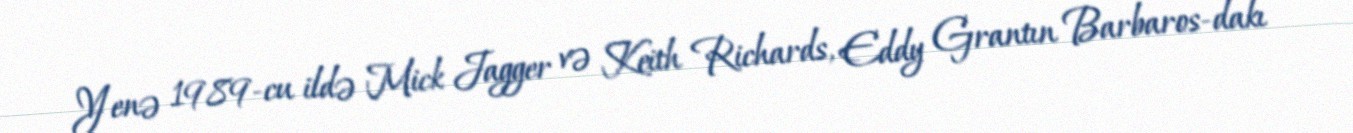
Yenə 1989-cu ildə Mick Jagger və Keith Richards, Eddy Grantın Barbaros-dakı